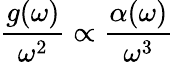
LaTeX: \frac{g(\omega)}{\omega^{2}}\propto\frac{\alpha(\omega)}{\omega^{3}}